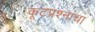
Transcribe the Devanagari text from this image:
कूटप्रश्नांचा